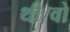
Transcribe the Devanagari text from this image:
थी।वो